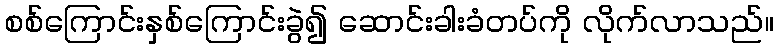
စစ်ကြောင်းနှစ်ကြောင်းခွဲ၍ ဆောင်းခါးခံတပ်ကို လိုက်လာသည်။